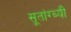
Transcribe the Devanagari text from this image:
सूतांग्ब्यी